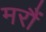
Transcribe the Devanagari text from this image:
मरौं